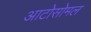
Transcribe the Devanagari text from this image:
आटोसोमल